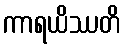
ကာရယိဿတိ